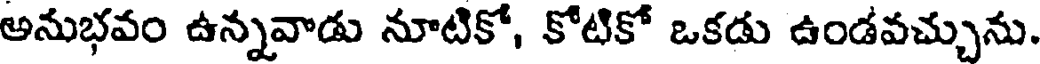
అనుభవం ఉన్నవాడు నూటికో, కోటికో ఒకడు ఉండవచ్చును.